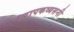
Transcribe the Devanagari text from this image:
स्वापकव्यसनी